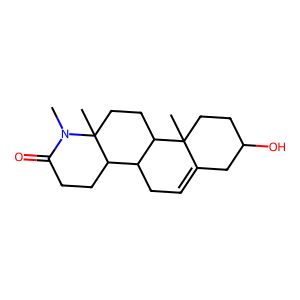
SMILES: CN1C(=O)CCC2C3CC=C4CC(O)CCC4(C)C3CCC21C
Inhibits HIV replication: No